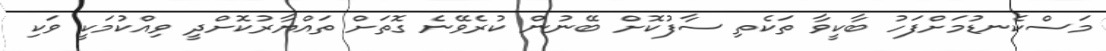
މަސްކެނޑުމަށްފަހު ބާކީވާ ތަކެތި ސާފުކޮށް ބޭނުން ކުރެވޭނެ ގޮތަށް ތައްޔާރުކޮށްދީ ވިއްކުމަކީ ވަކި